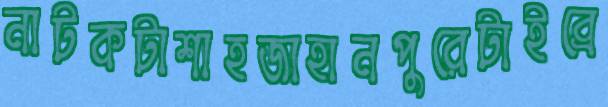
নাটকটাশাহজাহানপুরেটাইব্রে